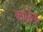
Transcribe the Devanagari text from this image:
कॉलैक